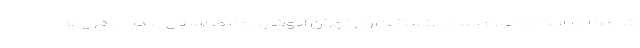
شامگاه پایگاه اطلاع رسانی استانداری تهران انوشیروان محسنی بندپی افزود: